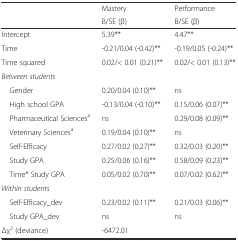
<table><thead><tr><td>[EMPTY_CELL]</td><td><b>Mastery</b></td><td><b>Performance</b></td></tr><tr><td>[EMPTY_CELL]</td><td><b>B/SE (β)</b></td><td><b>B/SE (β)</b></td></tr></thead><tbody><tr><td>Intercept</td><td>5.39**</td><td>4.47**</td></tr><tr><td>Time</td><td>-0.21/0.04 (-0.42)**</td><td>-0.19/0.05 (-0.24)**</td></tr><tr><td>Time squared</td><td>0.02/&lt; 0.01 (0.21)**</td><td>0.02/&lt; 0.01 (0.13)**</td></tr><tr><td><i>Between students</i></td><td>[EMPTY_CELL]</td><td>[EMPTY_CELL]</td></tr><tr><td> Gender</td><td>0.20/0.04 (0.10)**</td><td>ns</td></tr><tr><td> High school GPA</td><td>-0.13/0.04 (-0.10)**</td><td>0.15/0.06 (0.07)**</td></tr><tr><td> Pharmaceutical Sciences<sup>a</sup></td><td>ns</td><td>0.29/0.08 (0.09)**</td></tr><tr><td> Veterinary Sciences<sup>a</sup></td><td>0.19/0.04 (0.10)**</td><td>ns</td></tr><tr><td> Self-Efficacy</td><td>0.27/0.02 (0.27)**</td><td>0.32/0.03 (0.20)**</td></tr><tr><td> Study GPA</td><td>0.25/0.06 (0.16)**</td><td>0.58/0.09 (0.23)**</td></tr><tr><td> Time* Study GPA</td><td>0.05/0.02 (0.70)**</td><td>0.07/0.02 (0.62)**</td></tr><tr><td><i>Within students</i></td><td>[EMPTY_CELL]</td><td>[EMPTY_CELL]</td></tr><tr><td> Self-Efficacy_dev</td><td>0.23/0.02 (0.11)**</td><td>0.21/0.03 (0.06)**</td></tr><tr><td> Study GPA_dev</td><td>ns</td><td>ns</td></tr><tr><td>Δχ<sup>2</sup> (deviance)</td><td colspan="2">-6472.01</td></tr></tbody></table>